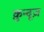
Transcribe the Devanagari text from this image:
क़ुन्दूज़